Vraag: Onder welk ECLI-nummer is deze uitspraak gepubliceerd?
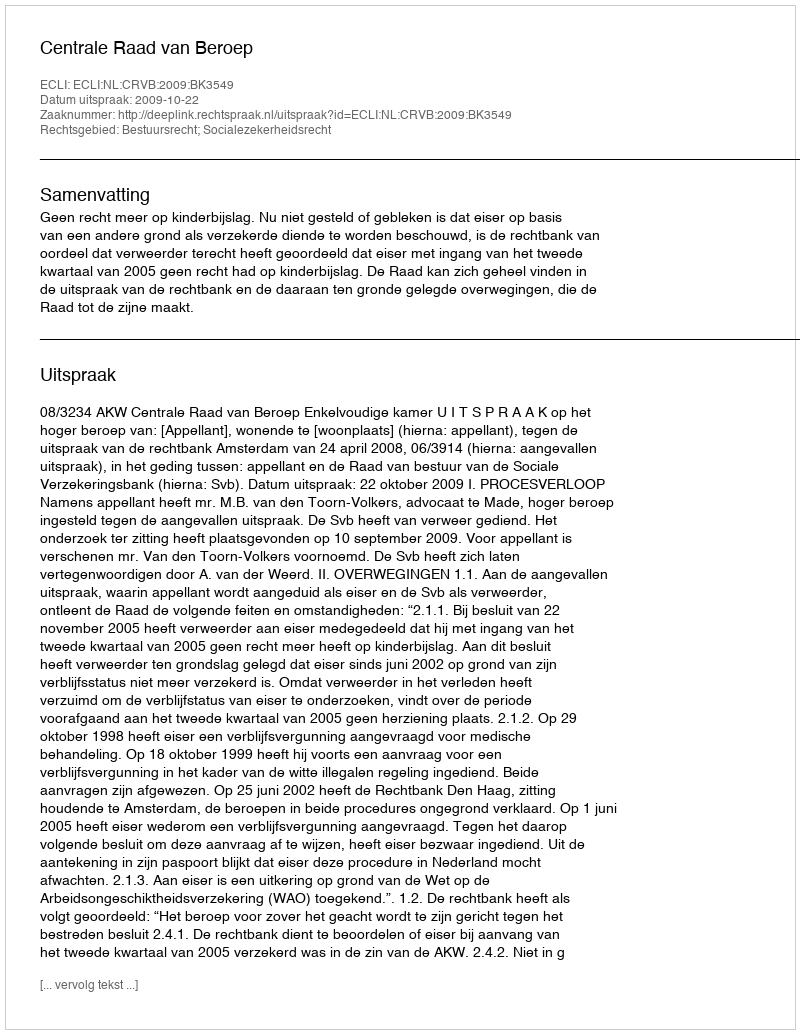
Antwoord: ECLI:NL:CRVB:2009:BK3549